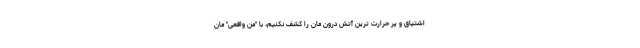
اشتیاق و پر حرارت ترین آتش درون مان را کشف نکنیم، با "منِ واقعی" مان